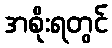
အစိုးရတွင်